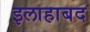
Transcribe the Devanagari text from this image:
इलाहाबद